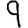
Digit: 9